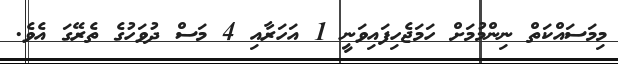
މިމަސައްކަތް ނިންމުމަށް ހަމަޖެހިފައިވަނީ 1 އަހަރާއި 4 މަސް ދުވަހުގެ ތެރޭގަ އެވެ.